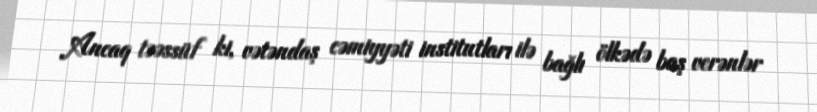
Ancaq təəssüf ki, vətəndaş cəmiyyəti institutları ilə bağlı ölkədə baş verənlər